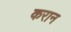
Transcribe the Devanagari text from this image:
करान